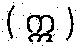
( ဣ )